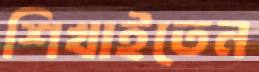
শিখাইতেন